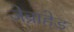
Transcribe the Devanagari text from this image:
ज़ेब्राहेड